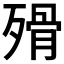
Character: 𣨺